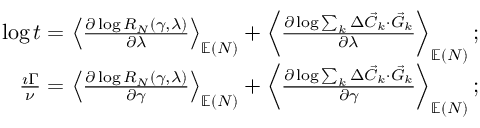
\begin{array} { r l r } & { } & { \log t = \left\langle \frac { \partial \log R _ { N } ( \gamma , \lambda ) } { \partial \lambda } \right\rangle _ { \mathbb { E } ( N ) } + \left\langle \frac { \partial \log \sum _ { k } \Delta \vec { C } _ { k } \cdot \vec { G } _ { k } } { \partial \lambda } \right\rangle _ { \mathbb { E } ( N ) } ; } \\ & { } & { \frac { \imath \Gamma } { \nu } = \left\langle \frac { \partial \log R _ { N } ( \gamma , \lambda ) } { \partial \gamma } \right\rangle _ { \mathbb { E } ( N ) } + \left\langle \frac { \partial \log \sum _ { k } \Delta \vec { C } _ { k } \cdot \vec { G } _ { k } } { \partial \gamma } \right\rangle _ { \mathbb { E } ( N ) } ; } \end{array}